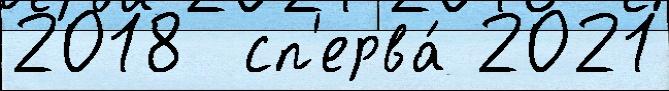
2018  сп'ерва́ 2021